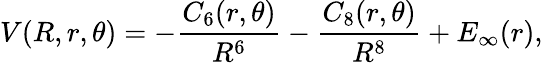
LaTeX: V(R,r,\theta)=-\frac{C_{6}(r,\theta)}{R^{6}}-\frac{C_{8}(r,\theta)}{R^{8}}+E_{\infty}(r),